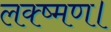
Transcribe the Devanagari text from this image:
लक्ष्मण।